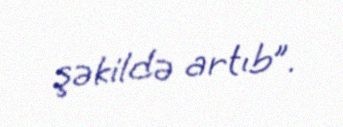
şəkildə artıb”.